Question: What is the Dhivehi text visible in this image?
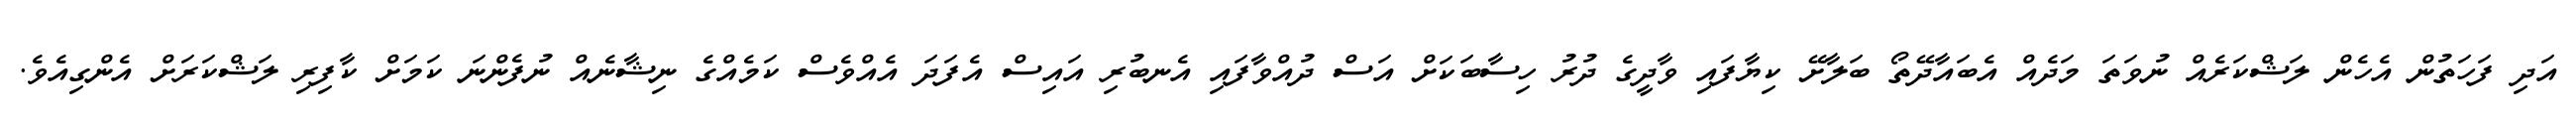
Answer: އަދި ފަހަތުން އެހެން ލަޝްކަރެއް ނުވަތަ މަދެއް އެބައާދޭތޯ ބަލާށޭ ކިޔާފައި ވާދީގެ ދުރު ހިސާބަކަށް އަސް ދުއްވާފައި އެނބުރި އައިސް އެފަދަ އެއްވެސް ކަމެއްގެ ނިޝާނެއް ނުފެންނަ ކަމަށް ކާފިރި ލަޝްކަރަށް އެންގިއެވެ.